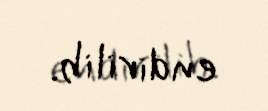
endirilib.